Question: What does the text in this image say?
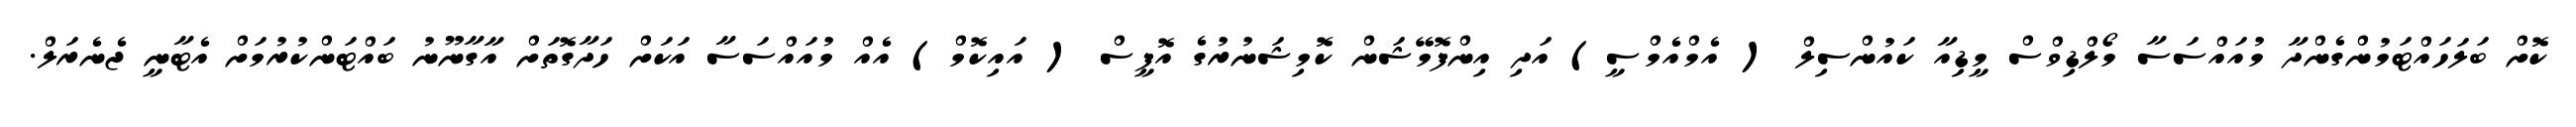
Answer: ކޮށް ބަލަހައްޓަމުންގެންދާ މުއައްސަސާ މޯލްޑިވްސް މީޑިއާ ކައުންސިލް ( އެމްއެމްސީ) އަދި އިންފޮމޭޝަން ކޮމިޝަނުރުގެ އޮފީސް ( އައިކޮމް) އެއް މުއައްސަސާ އަކަށް ހަދާގޮތަށް އާގާނޫނު ބައްޓަންކުރުމަށް އެޓާނީ ޖެނެރަލް.